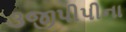
૩જીપીપીના